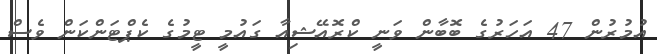
އުމުރުން 47 އަހަރުގެ ބޮބާން ވަނީ ކްރޮއޭޝިއާ ގައުމީ ޓީމުގެ ކެޕްޓަންކަން ވެސް